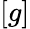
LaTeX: [g]